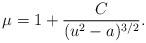
LaTeX: \begin{align*}\mu=1+\frac{C}{(u^2-a)^{3/2}}.\end{align*}